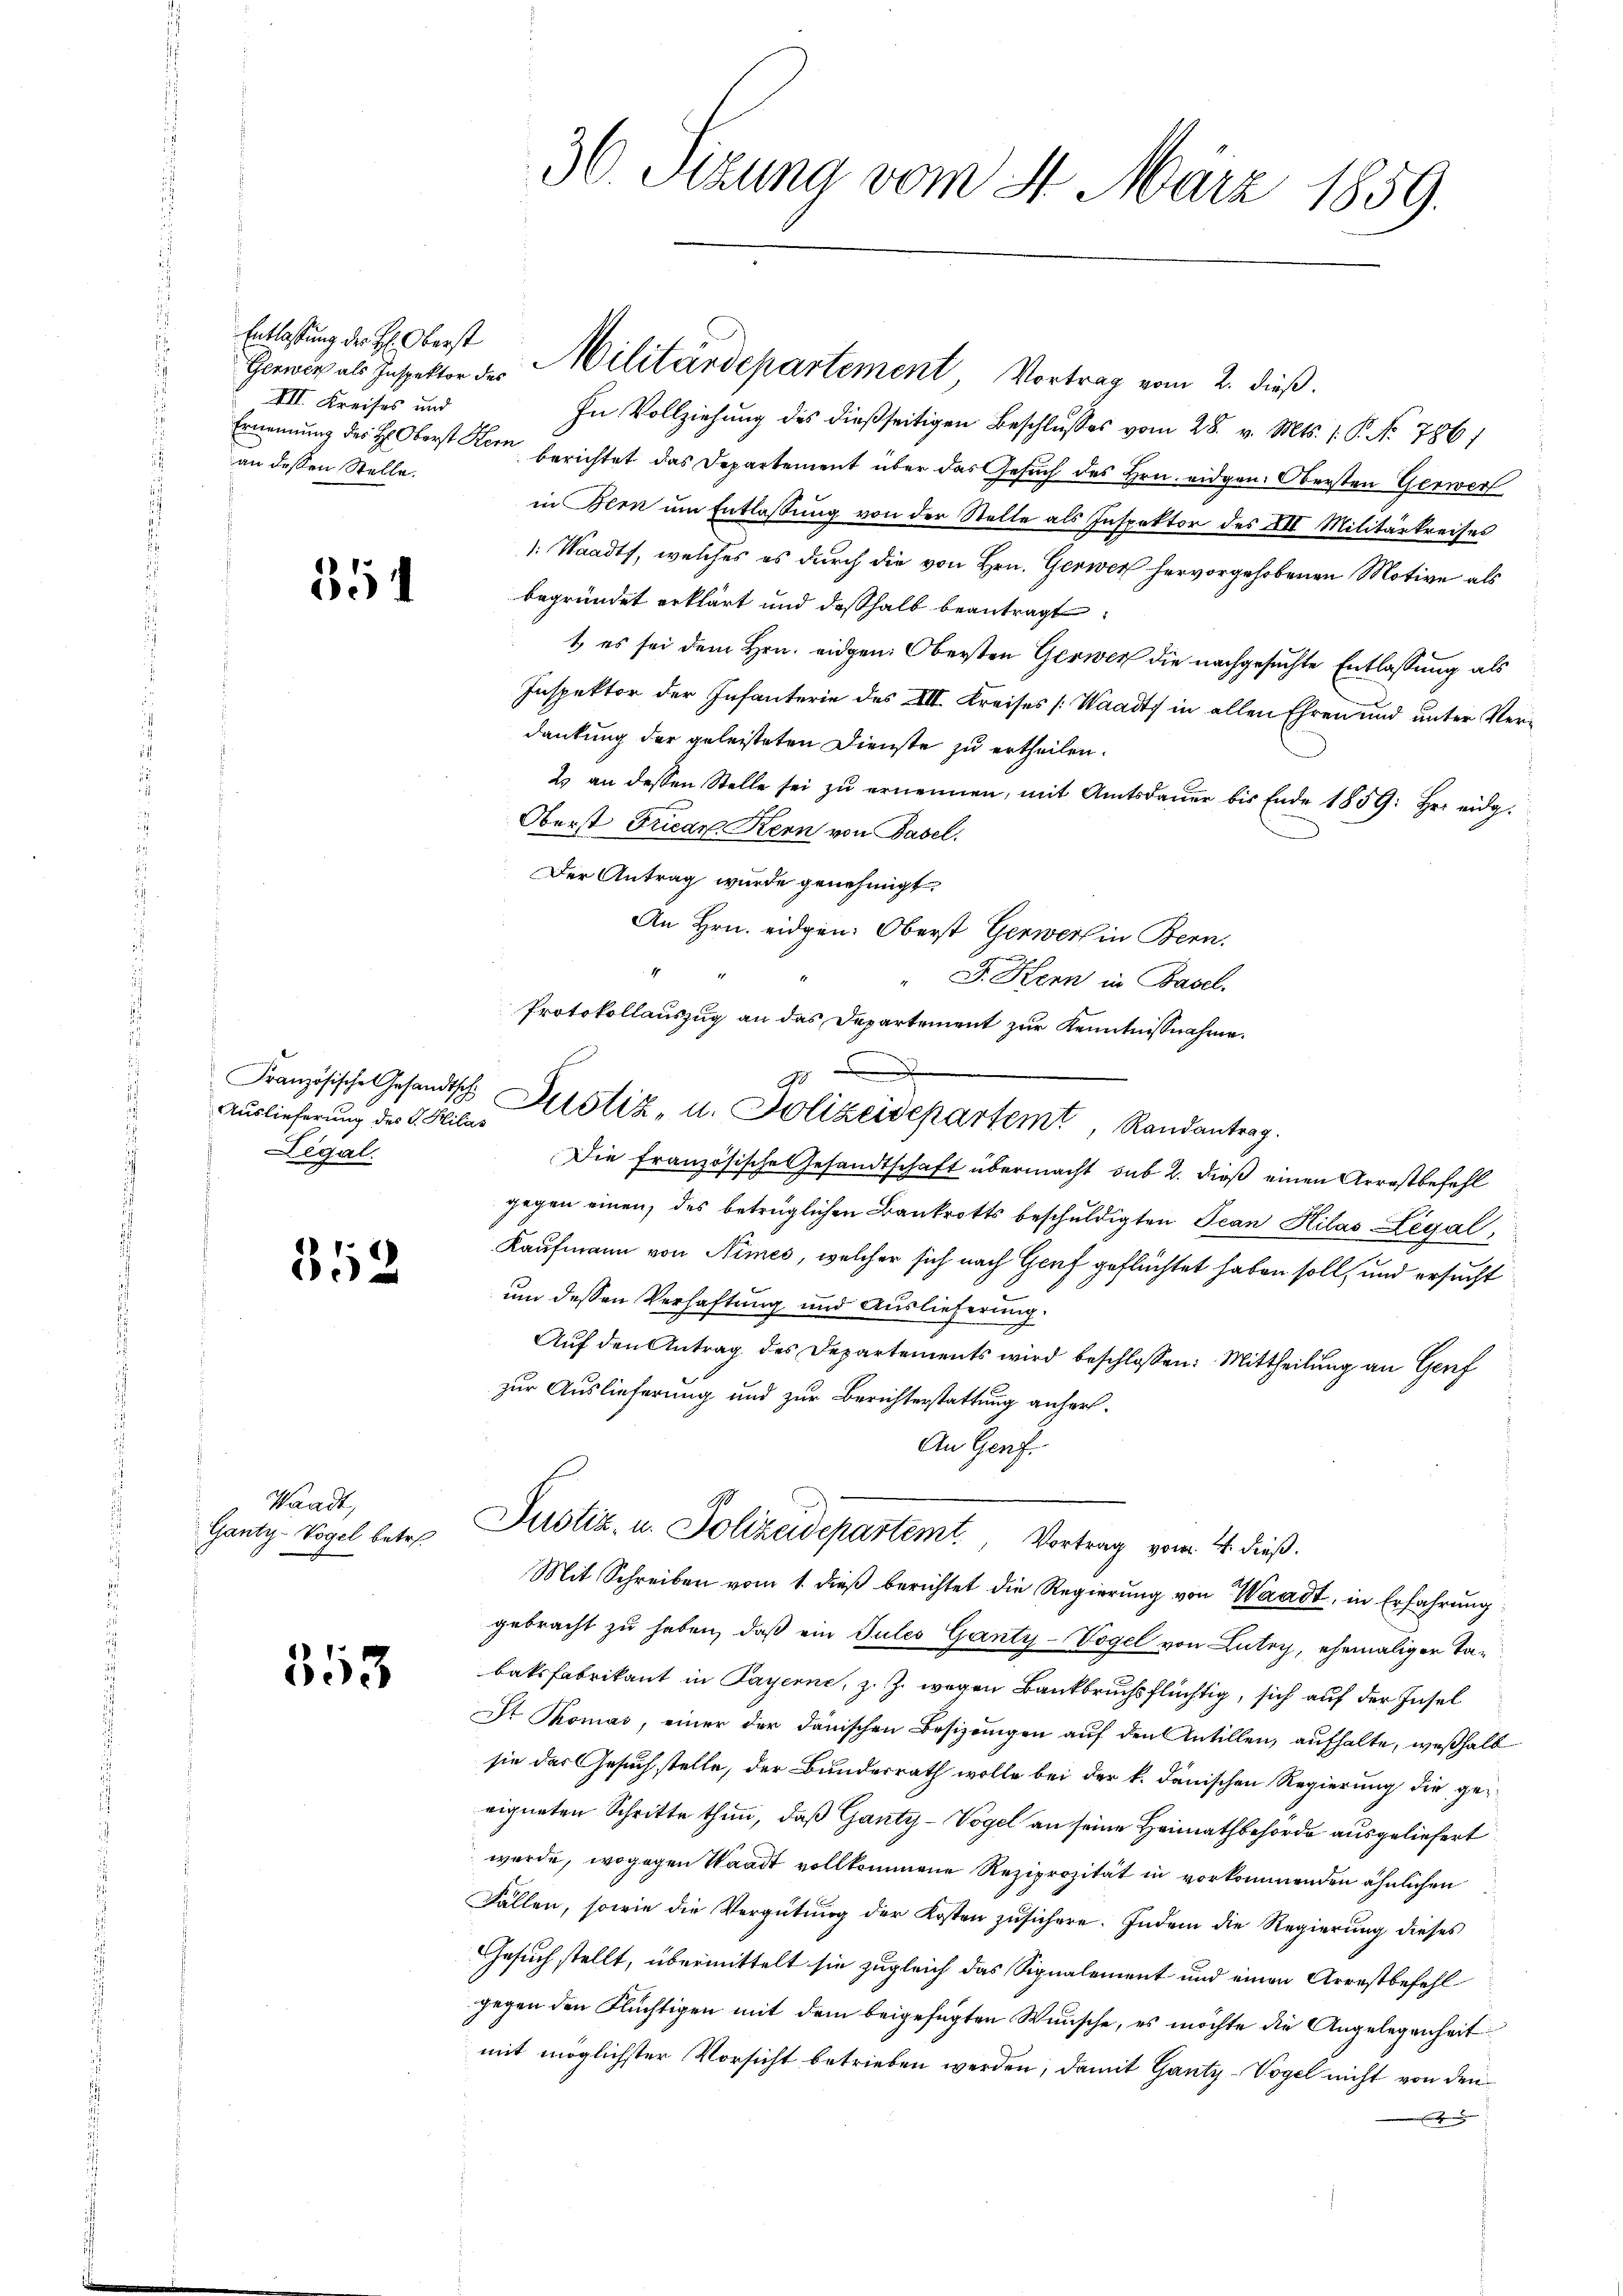
u

Entlassung der H: Oberst
Gerwer als Inspektor des
VII. Kreises und
an dessen Stelle.

354

Auslieferung des G. Hilas
Legal.

352

Waadt,
Ganty-Vogel betre

313

36. Seizung vom 4. März 1859.

In Vollziehung des dießseitigen Beschlusses vom 28. v. Mts. 1. P. Nr. 786)
Ernennung des H. Oberst Kern berichtet das Departement über das Gesuch des Hrn. eidgen. Obersten Gerwer
in Bern um Entlassung von der Stelle als Inspektor des XII Militärkreises
: Staadt, welches es durch die von Hrn. Gerwer hervorgehobenen Motive als
begründet erklärt und deßhalb beantragt:
t es sei dem Hrn. eidgen: Obersten Gerwer die nachgesuchte Entlassung als
Inspektor der Infanterie des XIII. Kreises [Waadt in allen Ehren und unter Verdankung der geleisteten Dienste zu ertheilen.
2 an dessen Stelle sei zŭ ernennen, mit Amtsdaŭer bis Ende 1859: Hr. eidg.
Oberst Friedr Kern von Basel.
Der Antrag wurde genehmigt.
An Hrn. eidgen: Oberst Gerwert in Bern,
4
F. Henn in Basel.
Die französische Gesandtschaft übermacht sub 2. dieß einen Arrestbefehl
gegen einen, des betrüglichen Bankrotts beschuldigten Jean Hilas Legal,
Kaufmann von Nimes, welcher sich nach Genf geflüchtet haben soll, und ersucht
um dessen Verhaftung und Auslieferung.
Auf den Antrag des Departements wird beschlossen: Mittheilung an Genf
zur Auslieferung und zur Berichterstattung anher¬
An Genf.
Justiz, in Polizeidepartemt.. 14. dieß.
Mit Schreiben vom 1. dieß berichtet die Regierung von Waadt, in Erfahrung
gebracht zu haben, daß ein Tules Ganty-Vogel von Lutry, ehemaliger Tabatsfabrikant in Payerne, z. Z. wegen Bankbruchsflüchtig, sich auf der Insel
St Thomas, einer der danischen Besizungen auf den Antillen, aufhalte, weßhalb
sie des Gesuch stelle, der Bundesrath wolle bei der k. danischen Regierung die geeigneten Schritte thun, daß Ganty-Vogel an seine Heimathbehörde ausgeliefert
wurde, wogegen Waadt vollkommene Reziprozität in vorkommenden ähnlichen
Fällen, sowie die Vergütŭng der Kosten zŭsichere. Indem die Regierung dieses
Gesuch stellt, übermittelt sie zugleich das Signalement und einen Arrestbefehl
gegen den Flüchtigen mit dem beigefügten Wünsche, es möchte die Angelegenheit
mit möglichster Vorsicht betrieben werden, damit Ganty-Vogel nicht von den

Militärdepartement Vortrag vom 2. dieß.

Protokollauszug an das Departement zur Kenntnißnahme.
Französische Gesandtsch Bestiz, u. Polizeidepartemt, Randantrag.